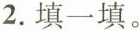
2.填一填。